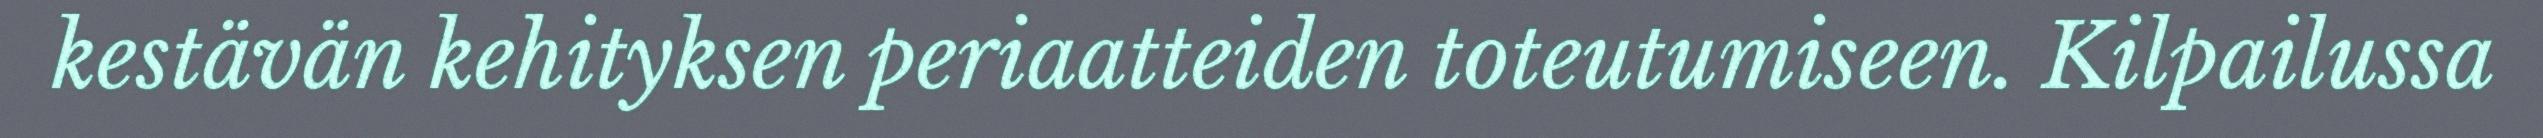
kestävän kehityksen periaatteiden toteutumiseen. Kilpailussa